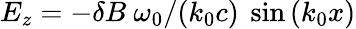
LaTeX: E_{z}=-\delta B\ \omega_{0}/(k_{0}c)\ \sin{(k_{0}x)}